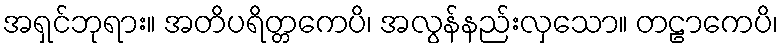
အရှင်ဘုရား။ အတိပရိတ္တကေပိ၊ အလွန်နည်းလှသော။ တဠာကေပိ၊